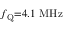
f _ { \mathrm { Q } } { = } 4 . 1 ~ \mathrm { M H z }